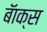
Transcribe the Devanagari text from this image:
बॅाक्स